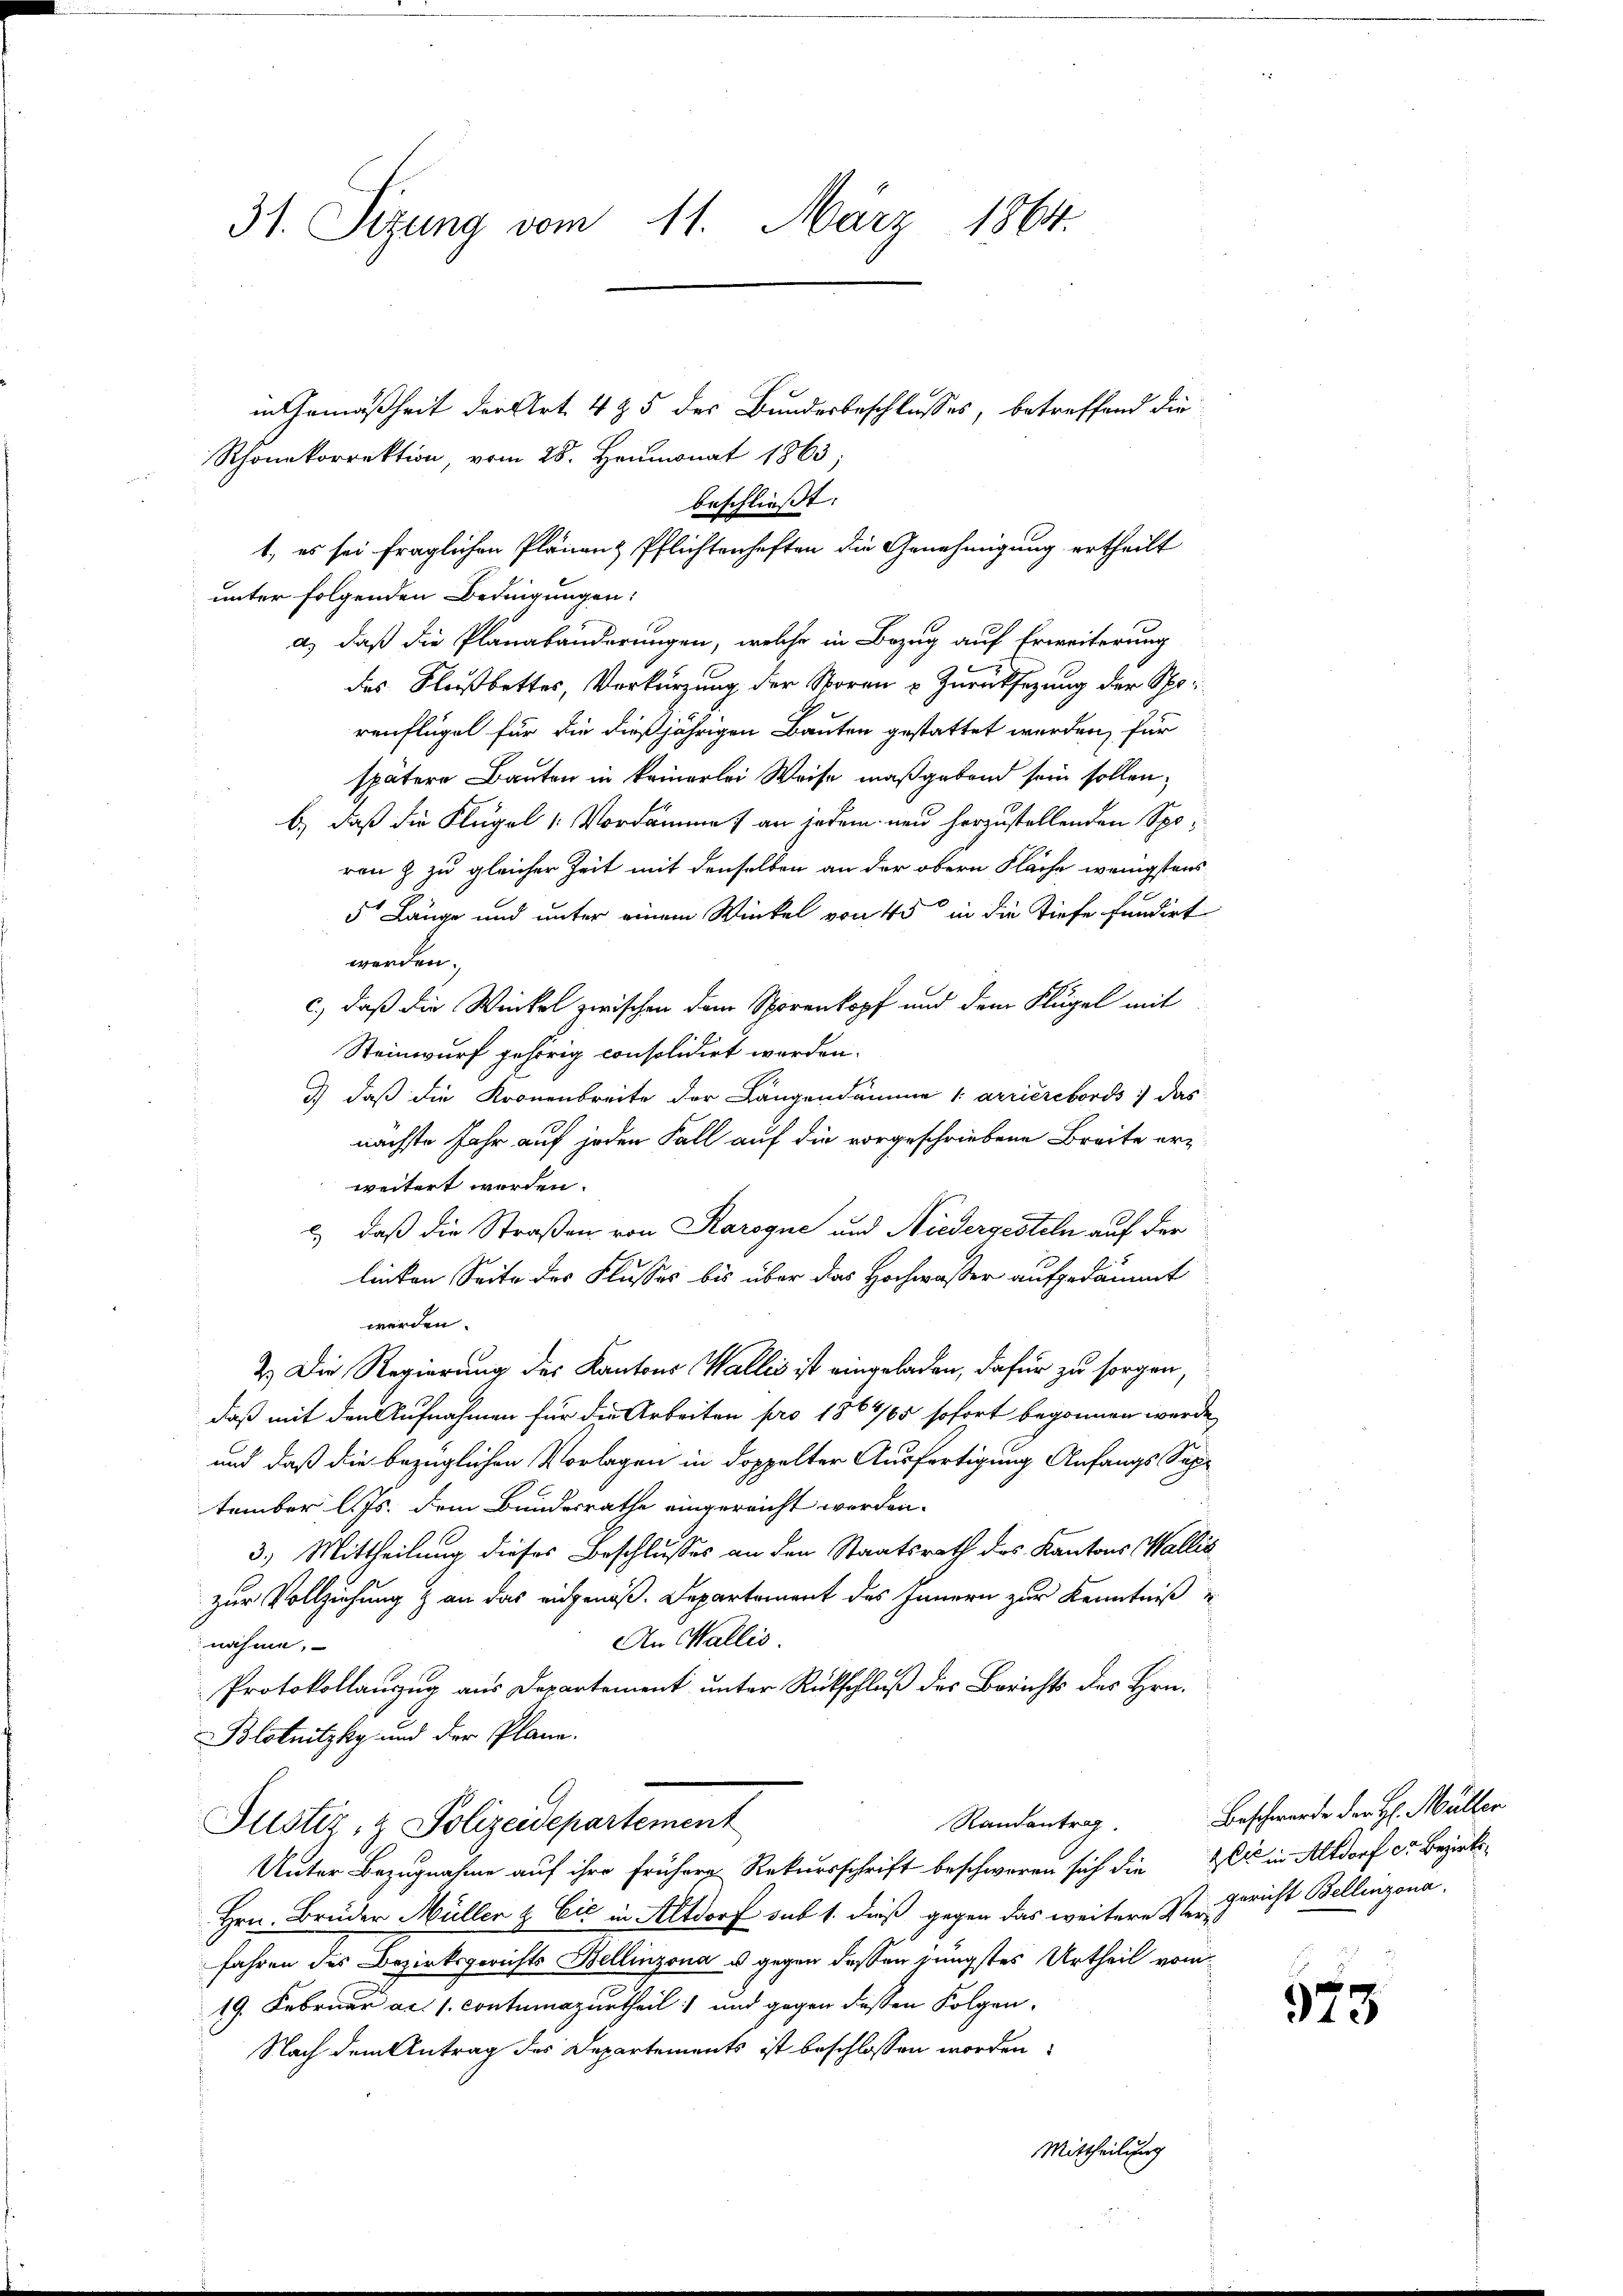
31. Sizung vom 11. März 1864.

in Gemäßheit der Art. 4 & 5 des Bundesbeschlusses, betreffend die
Rhonekorrektion, vom 28. Heumonat 1863
beschließt:
unter folgenden Bedingungen:
a) daß die Planabänderungen, welche in Bezug auf Erweiterung
des Flußbettes, Verkürzung der Noren u. Zurücksezung der Spoi
renflügel für die dießjährigen Bauten gestattet werden, für
spätere Bauten in keinerlei Weise maßgebend sein sollen;
b.) daß die Flügel 1 Vordamme an jedem neu herzustellenden Sporen & zu gleicher Zeit mit denselben an der obern Fläche wenigstens
5' Länge und unter einem Winkel von 45 in die Tiefe fundirt
werden.
c.) daß die Winkel zwischen dem Spörenkopf und dem Flügel mit
Steinwurf gehörig consolidirt werden.
) daß die Kronenbreite der Langendamme 1 arrièrebords das
nächste Jahr auf jeden Fall auf die vorgeschriebene Breite erweitert worden.
2) daß die Straßen von Karogne und Niedergesteln auf der
linken Seite des Flusses bis über das Hochwasser aufgedämmt
werden.
2.) Die Regierung des Kantons Wallis ist eingeladen, dafür zu sorgen,
daß mit den Aufnahmen für die Arbeiten pro 1864/65 sofort begonnen werde
und daß die bezüglichen Vorlagen in doppelter Ausfertigung Anfangs Suptember l. Js. dem Bundesrathe eingereicht werden.
3.) Mittheilung dieses Beschlusses an den Staatsrath des Kantons Wallis
zur Vollziehung & an das eidgenöß. Departement des Innern zur Kenntniß u
An Wallis.
nähme.
Protokollauszug aus Departement unter Rückschluß des Berichts des Hrn.
Blotnitzky und der Plane.
Randantrag.
Justiz- & Polizeidepartement
Unter Bezugnahme auf ihre frühere Rekursschrift beschworen sich die er in Altdorf er Bezirks-
Hrn. Brüder Müller & Cie in Altdorf sub 1. dieß gegen das weitere Vergericht Bellinzona.
fahren des Bezirksgerichts Bellinzona u. gegen dessen jüngstes Urtheil vom
19. Februar ad 1. contumazurtheil und gegen dessen Folgen.
Nach dem Antrag des Departements ist beschlossen worden.
Mittheilung

1, es sei fraglichen Plänenz Pflichtenheften die Genehmigung ertheilt

Beschwerde der H. Müller

573